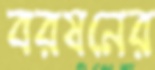
বরষনের